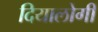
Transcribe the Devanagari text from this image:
दियालोगी